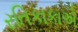
રતિકાકાએ